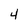
Character: 4